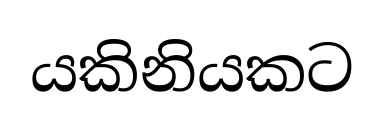
යකිනියකට